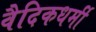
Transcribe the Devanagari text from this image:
वैदिकधर्मी